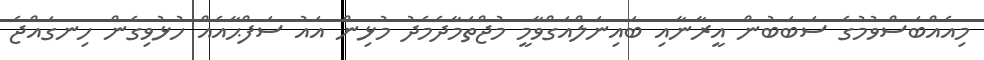
މިއެއްބަސްވުމުގެ ސަބަބުން އީރާނާއި ބައިނަލްއަގްވާމީ މުޖްތަމާދެމެދު މުޅިން އައު ސަފްޙާއެއް ހުޅުވިގެން ހިނގައްޖެ